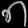
Digit: ၈